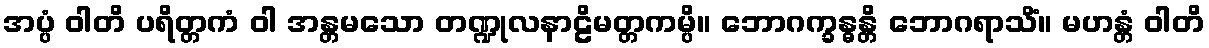
အပ္ပံ ဝါတိ ပရိတ္တကံ ဝါ အန္တမသော တဏ္ဍုလနာဠိမတ္တကမ္ပိ။ ဘောဂက္ခန္ဓန္တိ ဘောဂရာသိံ။ မဟန္တံ ဝါတိ